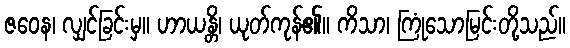
ဇဝေန၊ လျှင်ခြင်းမှ။ ဟာယန္တိ၊ ယုတ်ကုန်၏။ ကိသာ၊ ကြုံသောမြင်းတို့သည်။